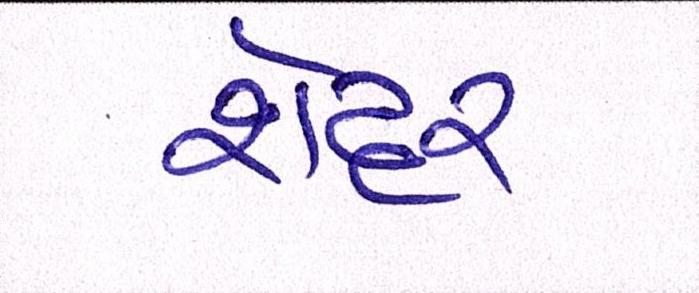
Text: શેટ્ટર